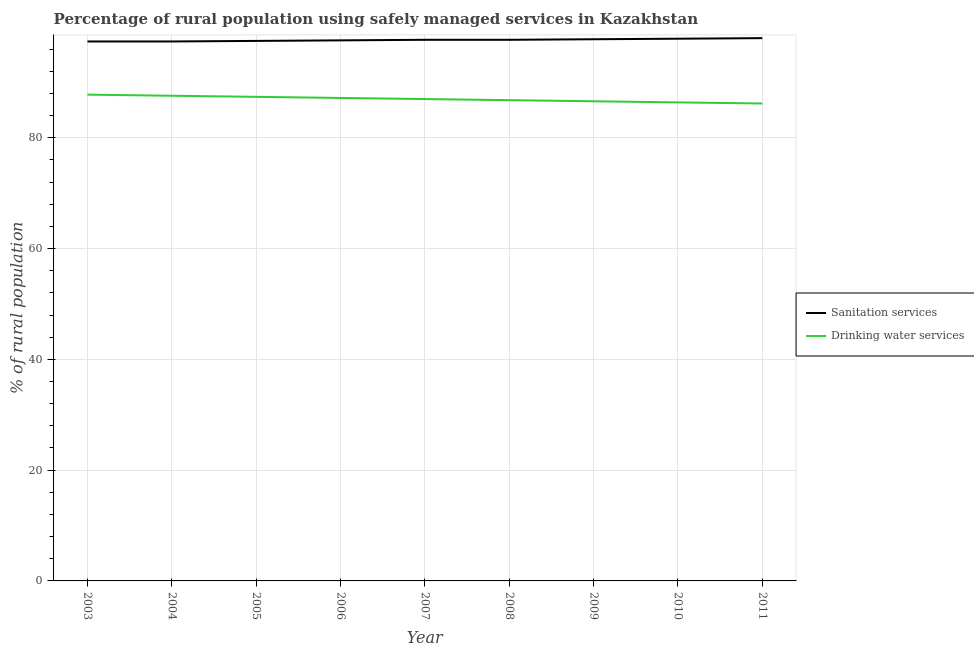
| Year | Sanitation services | Drinking water services |
 | --- | --- | --- |
 | 2003 | 97.4 | 87.8 |
 | 2004 | 97.4 | 87.6 |
 | 2005 | 97.5 | 87.4 |
 | 2006 | 97.6 | 87.2 |
 | 2007 | 97.7 | 87 |
 | 2008 | 97.7 | 86.8 |
 | 2009 | 97.8 | 86.6 |
 | 2010 | 97.9 | 86.4 |
 | 2011 | 98 | 86.2 |